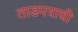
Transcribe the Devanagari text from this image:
ताडपत्राची